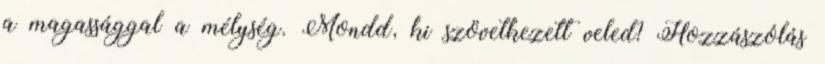
a magassággal a mélység. Mondd, ki szövetkezett veled? Hozzászólás